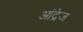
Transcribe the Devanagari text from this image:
आंद्रेज